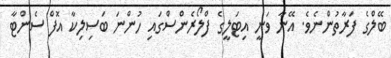
ބޭލްގެ ފަރާތުންނެވެ. އޭނާ ވަނީ އިޓަލީގެ ފްލޯރެންސްގައި ހުންނަ ބަސިލިކާ އޮފް ސެންޓާ